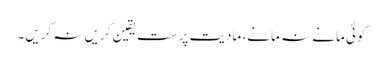
کوئی مانے نہ مانے، مادیت پرست یقین کریں نہ کریں۔